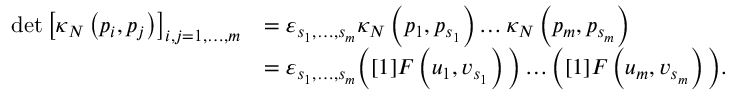
\begin{array} { r l } { \operatorname* { d e t } \left[ \kappa _ { N } \left( p _ { i } , p _ { j } \right) \right] _ { i , j = 1 , \dots , m } } & { = \varepsilon _ { s _ { 1 } , \dots , s _ { m } } \kappa _ { N } \left( p _ { 1 } , p _ { s _ { 1 } } \right) \dots \kappa _ { N } \left( p _ { m } , p _ { s _ { m } } \right) } \\ & { = \varepsilon _ { s _ { 1 } , \dots , s _ { m } } \Big ( [ 1 ] F \left( u _ { 1 } , v _ { s _ { 1 } } \right) \Big ) \dots \Big ( [ 1 ] F \left( u _ { m } , v _ { s _ { m } } \right) \Big ) . } \end{array}